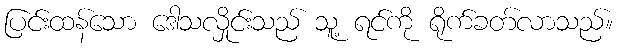
ပြင်းထန်သော ဒေါသလှိုင်းသည် သူ့ ရင်ကို ရိုက်ခတ်လာသည်။